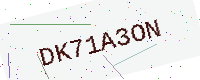
Text: DK71A3ON